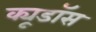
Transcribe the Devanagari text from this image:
क्यूडॉस